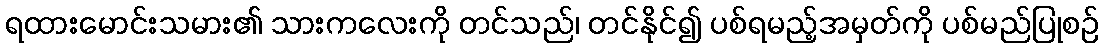
ရထားမောင်းသမား၏ သားကလေးကို တင်သည်၊ တင်နိုင်၍ ပစ်ရမည့်အမှတ်ကို ပစ်မည်ပြုစဉ်